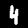
Digit: 4